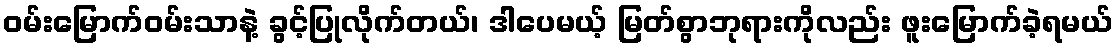
ဝမ်းမြောက်ဝမ်းသာနဲ့ ခွင့်ပြုလိုက်တယ်၊ ဒါပေမယ့် မြတ်စွာဘုရားကိုလည်း ဖူးမြောက်ခဲ့ရမယ်